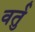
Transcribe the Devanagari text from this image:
वर्तु